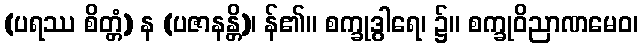
(ပရဿ စိတ္တံ) န (ပဇာနန္တိ)၊ န်၏။ စက္ခုဒွါရေ၊ ၌။ စက္ခုဝိညာဏမေဝ၊